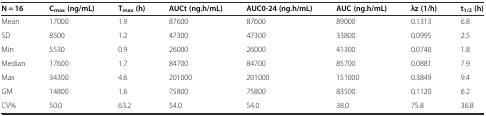
<table><thead><tr><td><b>N = 16</b></td><td><b>C<sub>max</sub> (ng/mL)</b></td><td><b>T<sub>max</sub> (h)</b></td><td><b>AUCt (ng.h/mL)</b></td><td><b>AUC0-24 (ng.h/mL)</b></td><td><b>AUC (ng.h/mL)</b></td><td><b>λz (1/h)</b></td><td><b>t<sub>1/2</sub> (h)</b></td></tr></thead><tbody><tr><td>Mean</td><td>17000</td><td>1.9</td><td>87600</td><td>87600</td><td>89000</td><td>0.1313</td><td>6.8</td></tr><tr><td>SD</td><td>8500</td><td>1.2</td><td>47300</td><td>47300</td><td>33800</td><td>0.0995</td><td>2.5</td></tr><tr><td>Min</td><td>5530</td><td>0.9</td><td>26000</td><td>26000</td><td>41300</td><td>0.0740</td><td>1.8</td></tr><tr><td>Median</td><td>17600</td><td>1.7</td><td>84700</td><td>84700</td><td>85700</td><td>0.0881</td><td>7.9</td></tr><tr><td>Max</td><td>34300</td><td>4.6</td><td>201000</td><td>201000</td><td>151000</td><td>0.3849</td><td>9.4</td></tr><tr><td>GM</td><td>14800</td><td>1.6</td><td>75800</td><td>75800</td><td>83500</td><td>0.1120</td><td>6.2</td></tr><tr><td>CV%</td><td>50.0</td><td>63.2</td><td>54.0</td><td>54.0</td><td>38.0</td><td>75.8</td><td>36.8</td></tr></tbody></table>